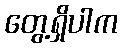
တွေ့ရှိပါက